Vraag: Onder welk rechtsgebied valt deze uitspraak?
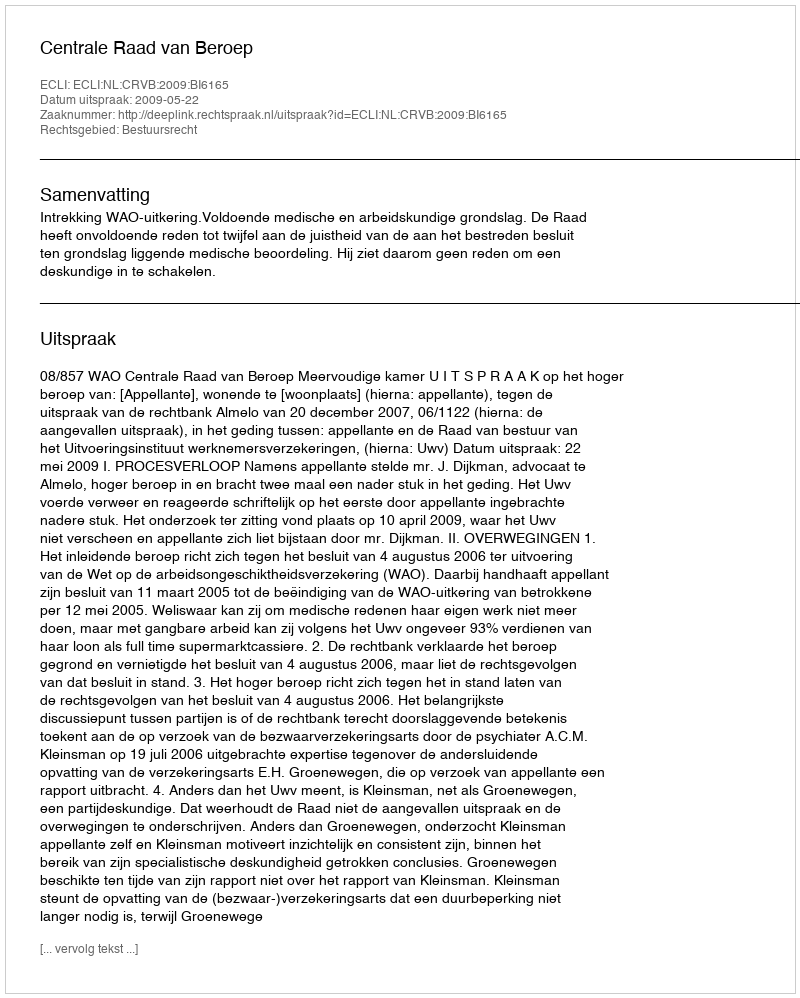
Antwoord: Bestuursrecht